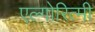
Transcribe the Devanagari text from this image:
एल्गोरित्मी